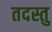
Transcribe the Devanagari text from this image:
तदस्तु